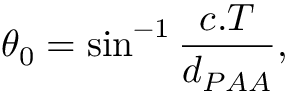
\theta _ { 0 } = \sin ^ { - 1 } \frac { c . T } { d _ { P A A } } ,